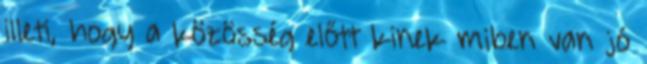
illeti, hogy a közösség előtt kinek miben van jó